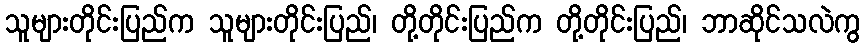
သူများတိုင်းပြည်က သူများတိုင်းပြည်၊ တို့တိုင်းပြည်က တို့တိုင်းပြည်၊ ဘာဆိုင်သလဲကွ